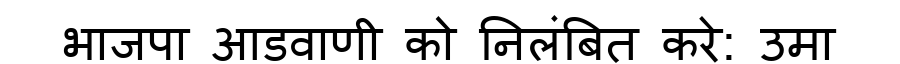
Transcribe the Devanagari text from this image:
भाजपा आडवाणी को निलंबित करे: उमा